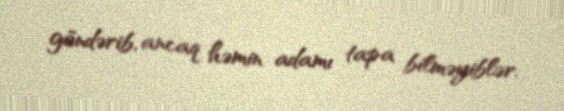
göndərib, ancaq həmin adamı tapa bilməyiblər.